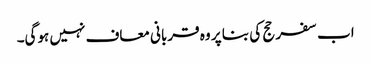
اب سفر حج کی بنا پر وہ قربانی معاف نہیں ہوگی۔